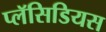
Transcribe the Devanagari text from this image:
प्लॅसिडियस